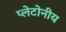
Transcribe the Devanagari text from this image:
प्लेटोनीय